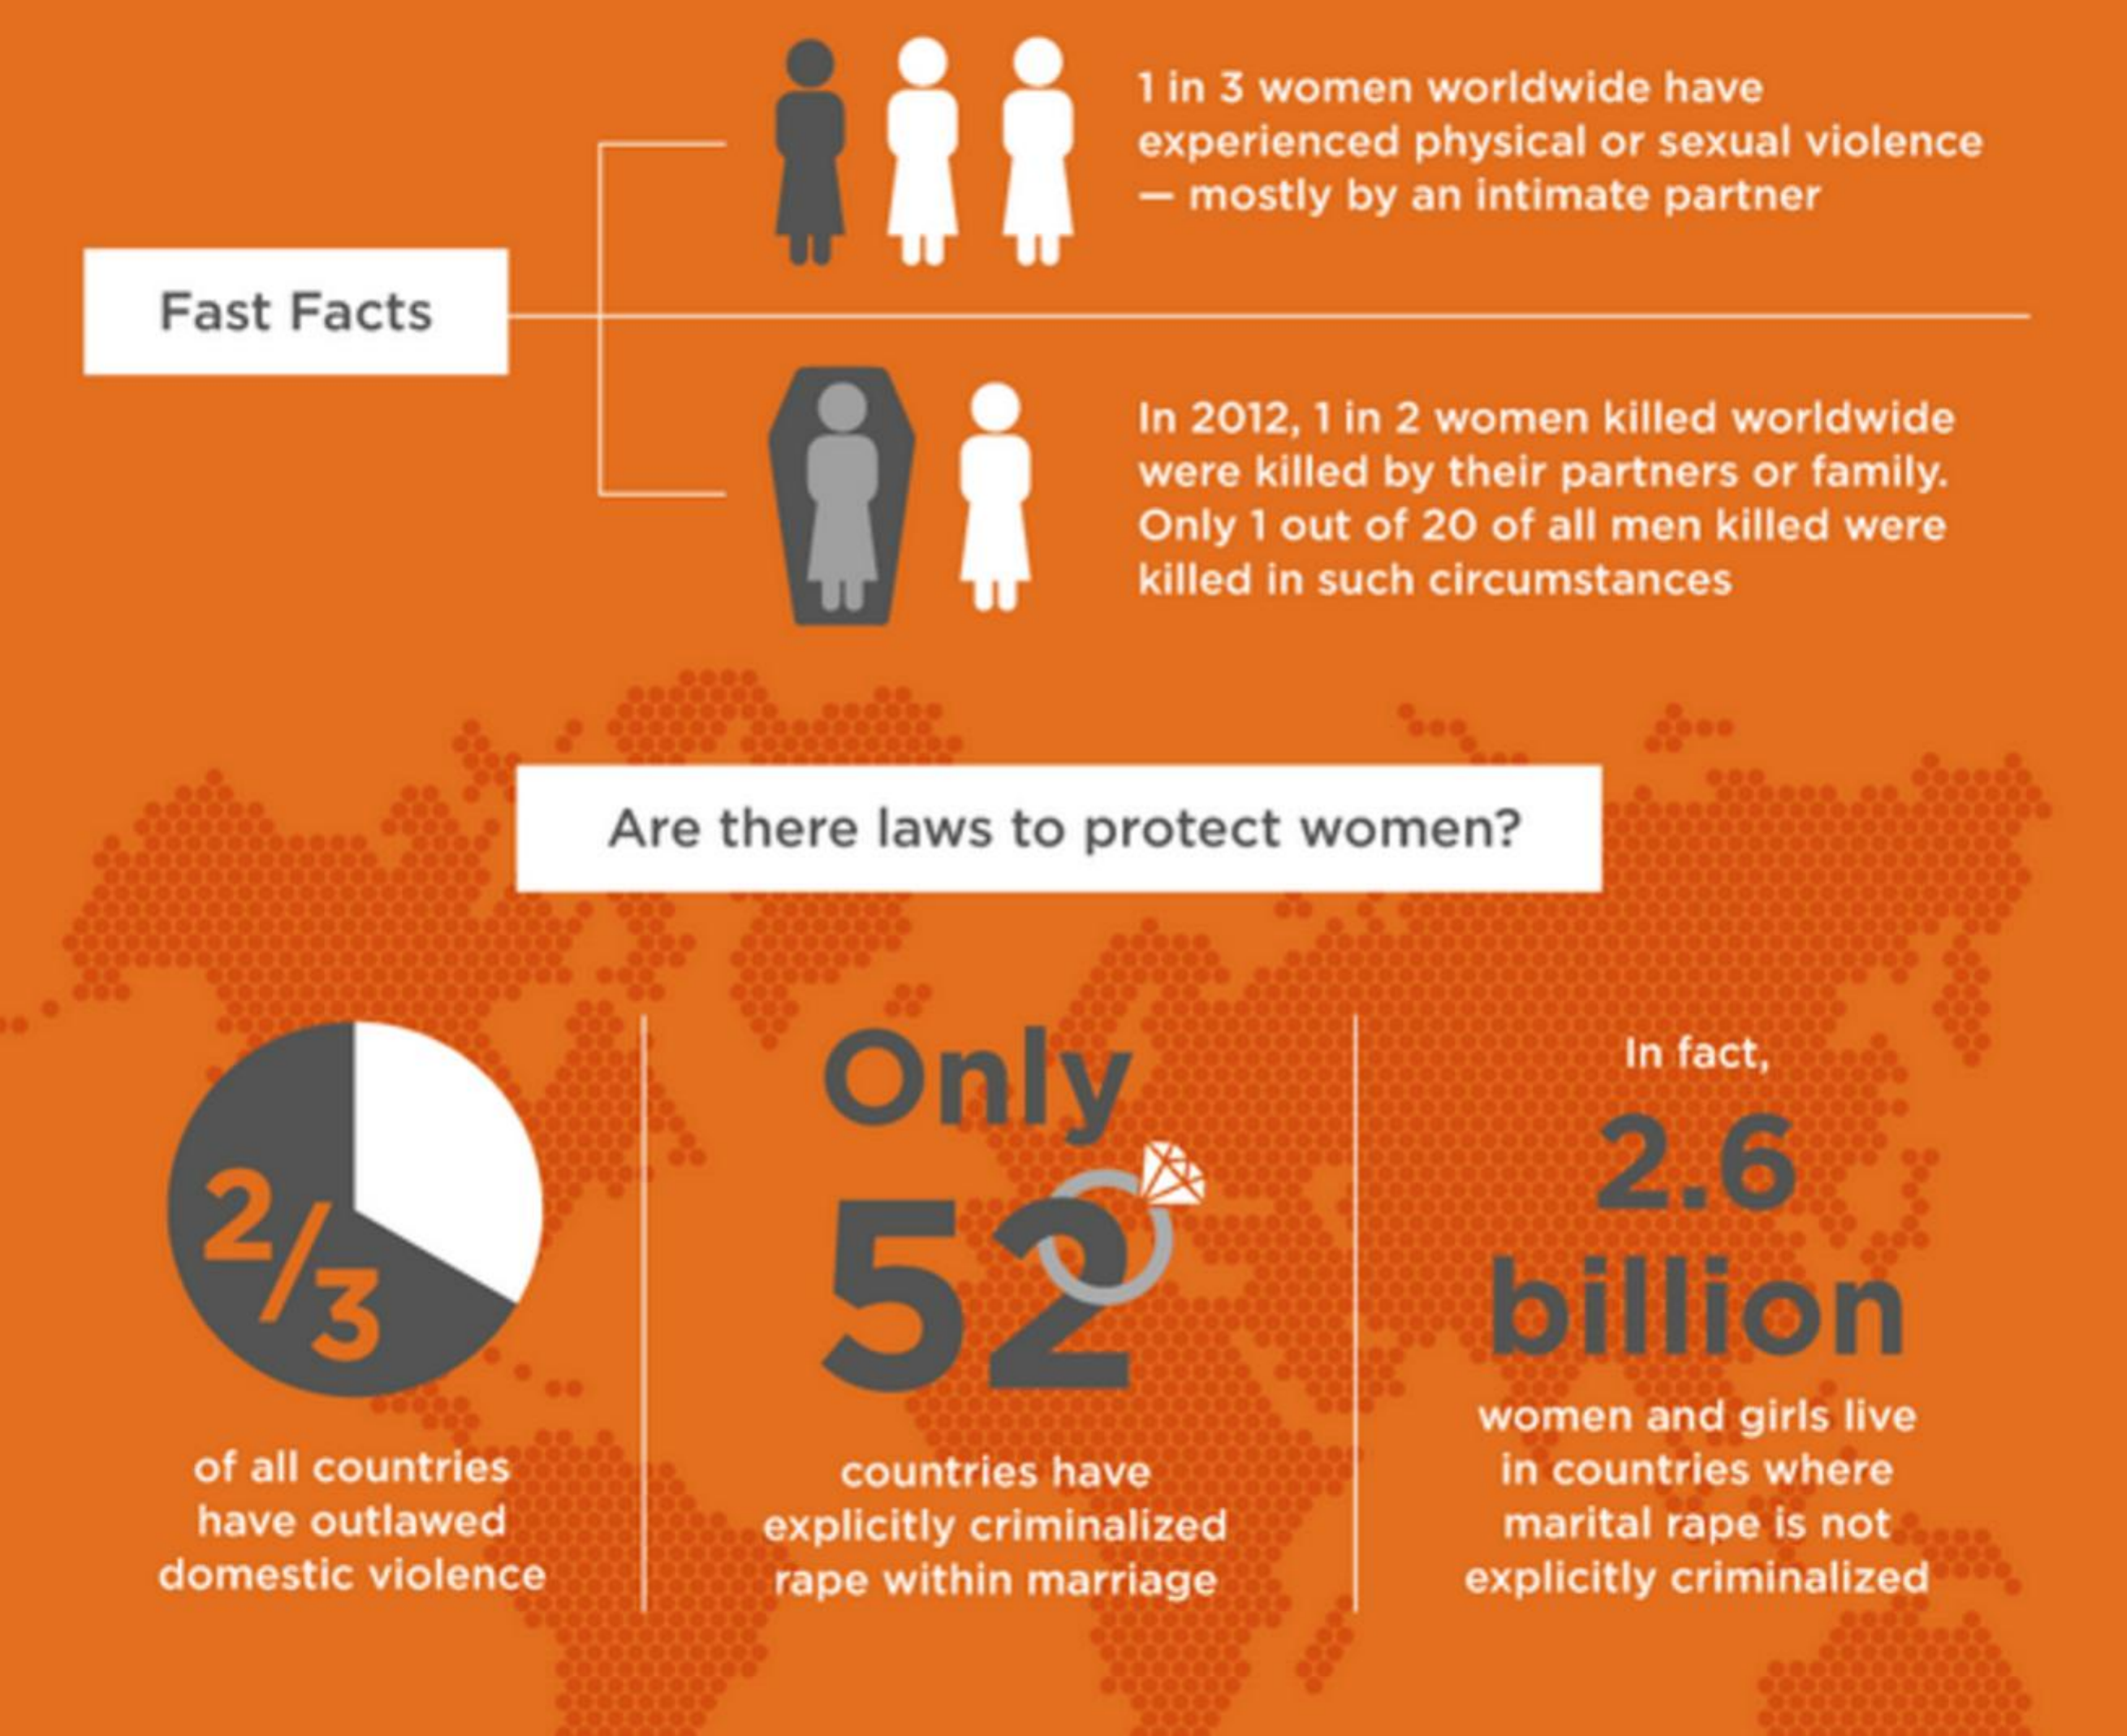
1 in 3 women worldwide have
     experienced physical or sexual violence
     - mostly by an intimate partner
    Fast Facts
     In 2012, 1 in 2 women killed worldwide
     were killed by their partners or family.
     Only 1 out of 20 of all men killed were
     killed in such circumstances
     Are there laws to protect women?
     Only
     In fact,
     2/3    52
     2.6
     billion
     women and girls live
     of all countries countries have  in countries where
     have outlawed    marital rape is not
    domestic violence
     explicitly criminalized
     rape within marriage explicitly criminalized